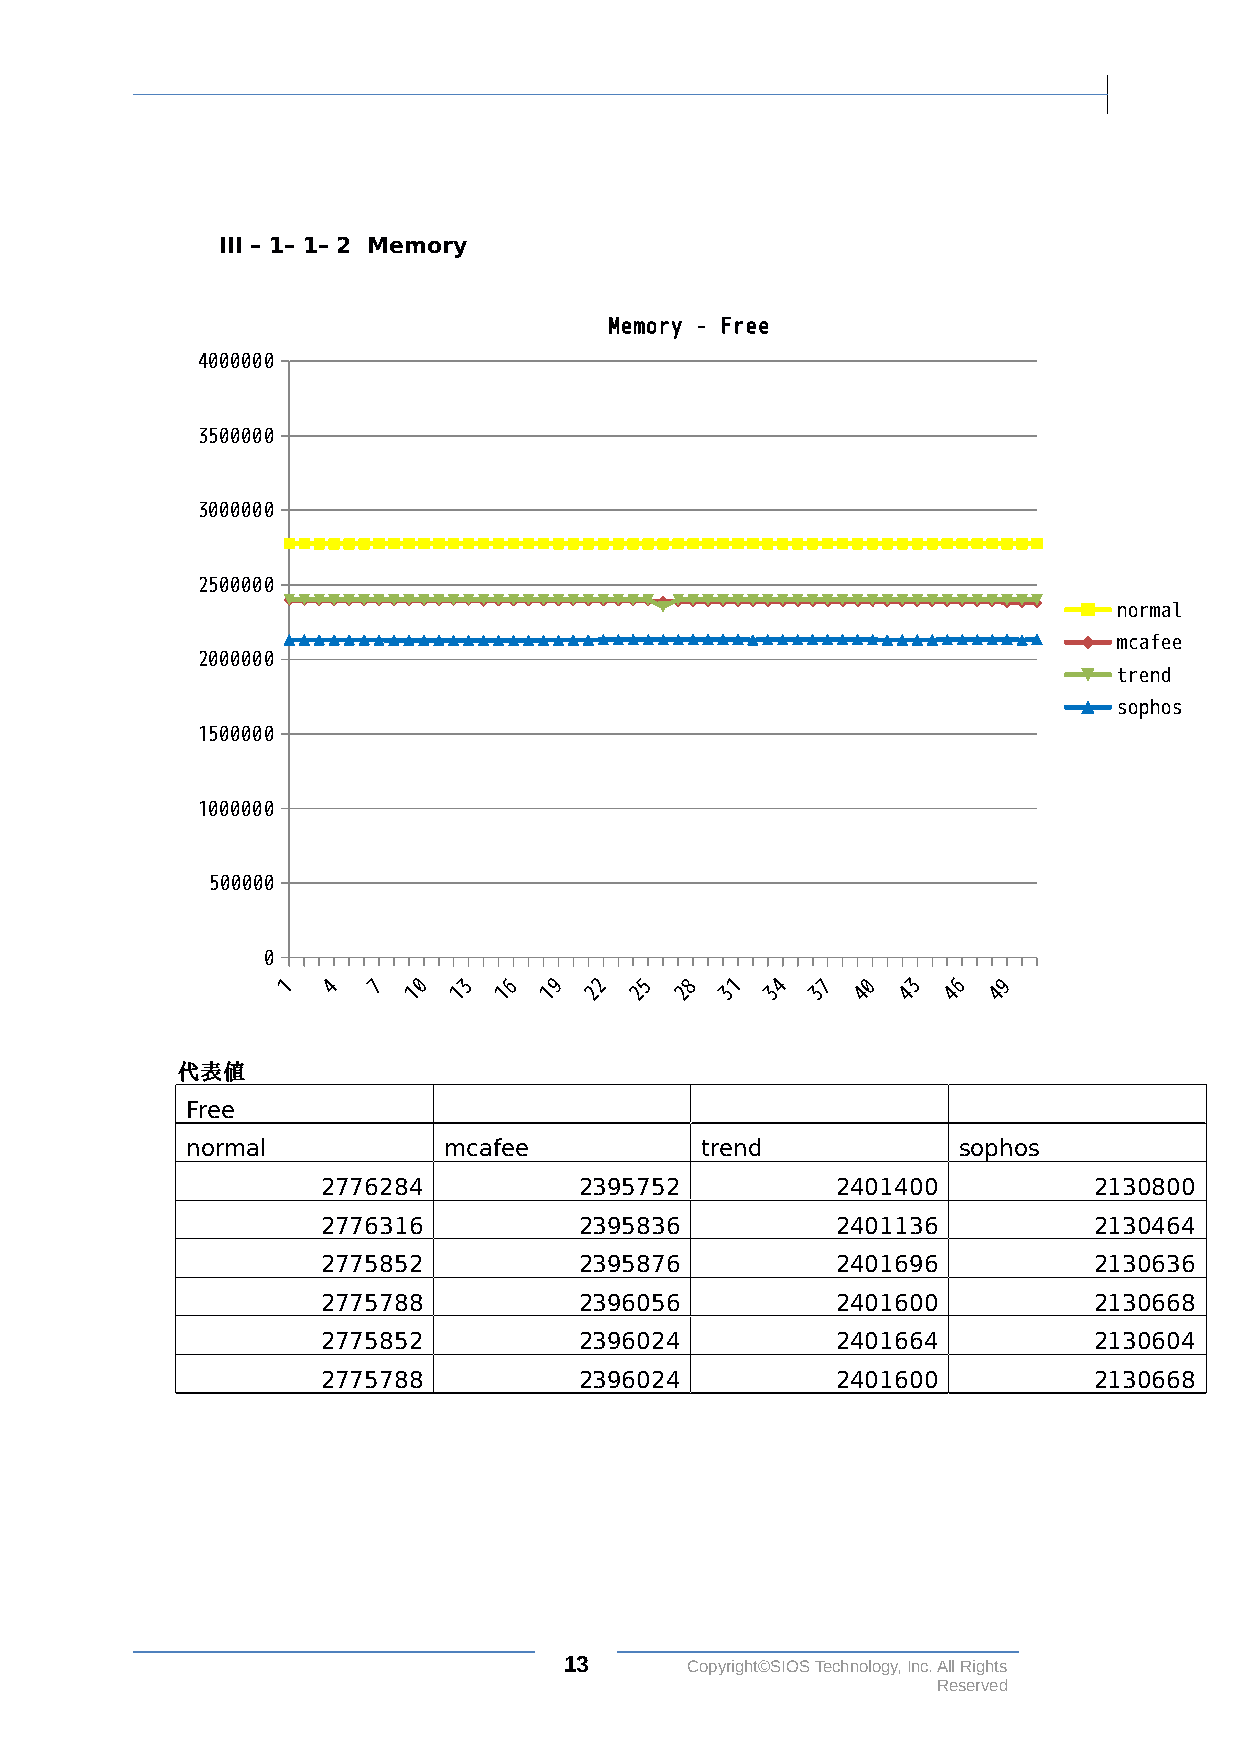
III – 1– 1– 2 Memory
 Memory - Free
 4000000
 3500000
 3000000
 2500000
 normal
 mcafee
 2000000
 trend
 sophos
 1500000
 1000000
 500000
 0
 1  4  7  0  3  6  9  2 5  8  1  4  7  0  3  6  9
 1  1  1  1  2  2  2  3  3  3  4  4  4  4
 代表値
 Free
 normal           mcafee           trend            sophos
 2776284          2395752          2401400          2130800
 2776316          2395836          2401136          2130464
 2775852          2395876          2401696          2130636
 2775788          2396056          2401600          2130668
 2775852          2396024          2401664          2130604
 2775788          2396024          2401600          2130668
 13      Copyright©SIOS Technology, Inc. All Rights
 Reserved